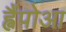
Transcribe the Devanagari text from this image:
ह्वैंपोआ